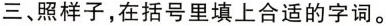
三、照样子，在括号里填上合适的字词。